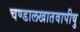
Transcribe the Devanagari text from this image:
चण्डालखातवापीषु